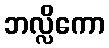
ဘလ္လိကော